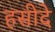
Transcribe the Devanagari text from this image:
हसीदे